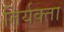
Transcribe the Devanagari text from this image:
तिर्यक्ता